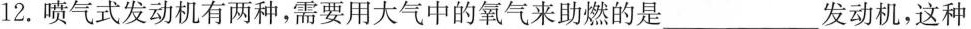
12.喷气式发动机有两种，需要用大气中的氧气来助燃的是___发动机，这种